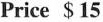
Price $15